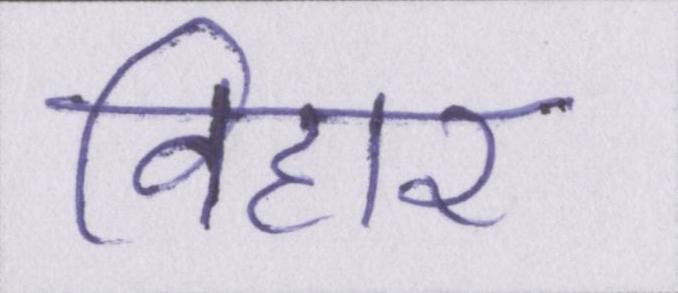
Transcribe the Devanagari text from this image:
विहार